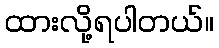
ထားလို့ရပါတယ်။